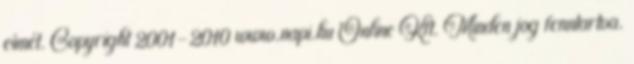
címét. Copyright 2001-2010 www.napi.hu Online Kft. Minden jog fenntartva.